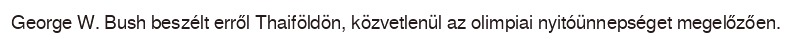
George W. Bush beszélt erről Thaiföldön, közvetlenül az olimpiai nyitóünnepséget megelőzően.